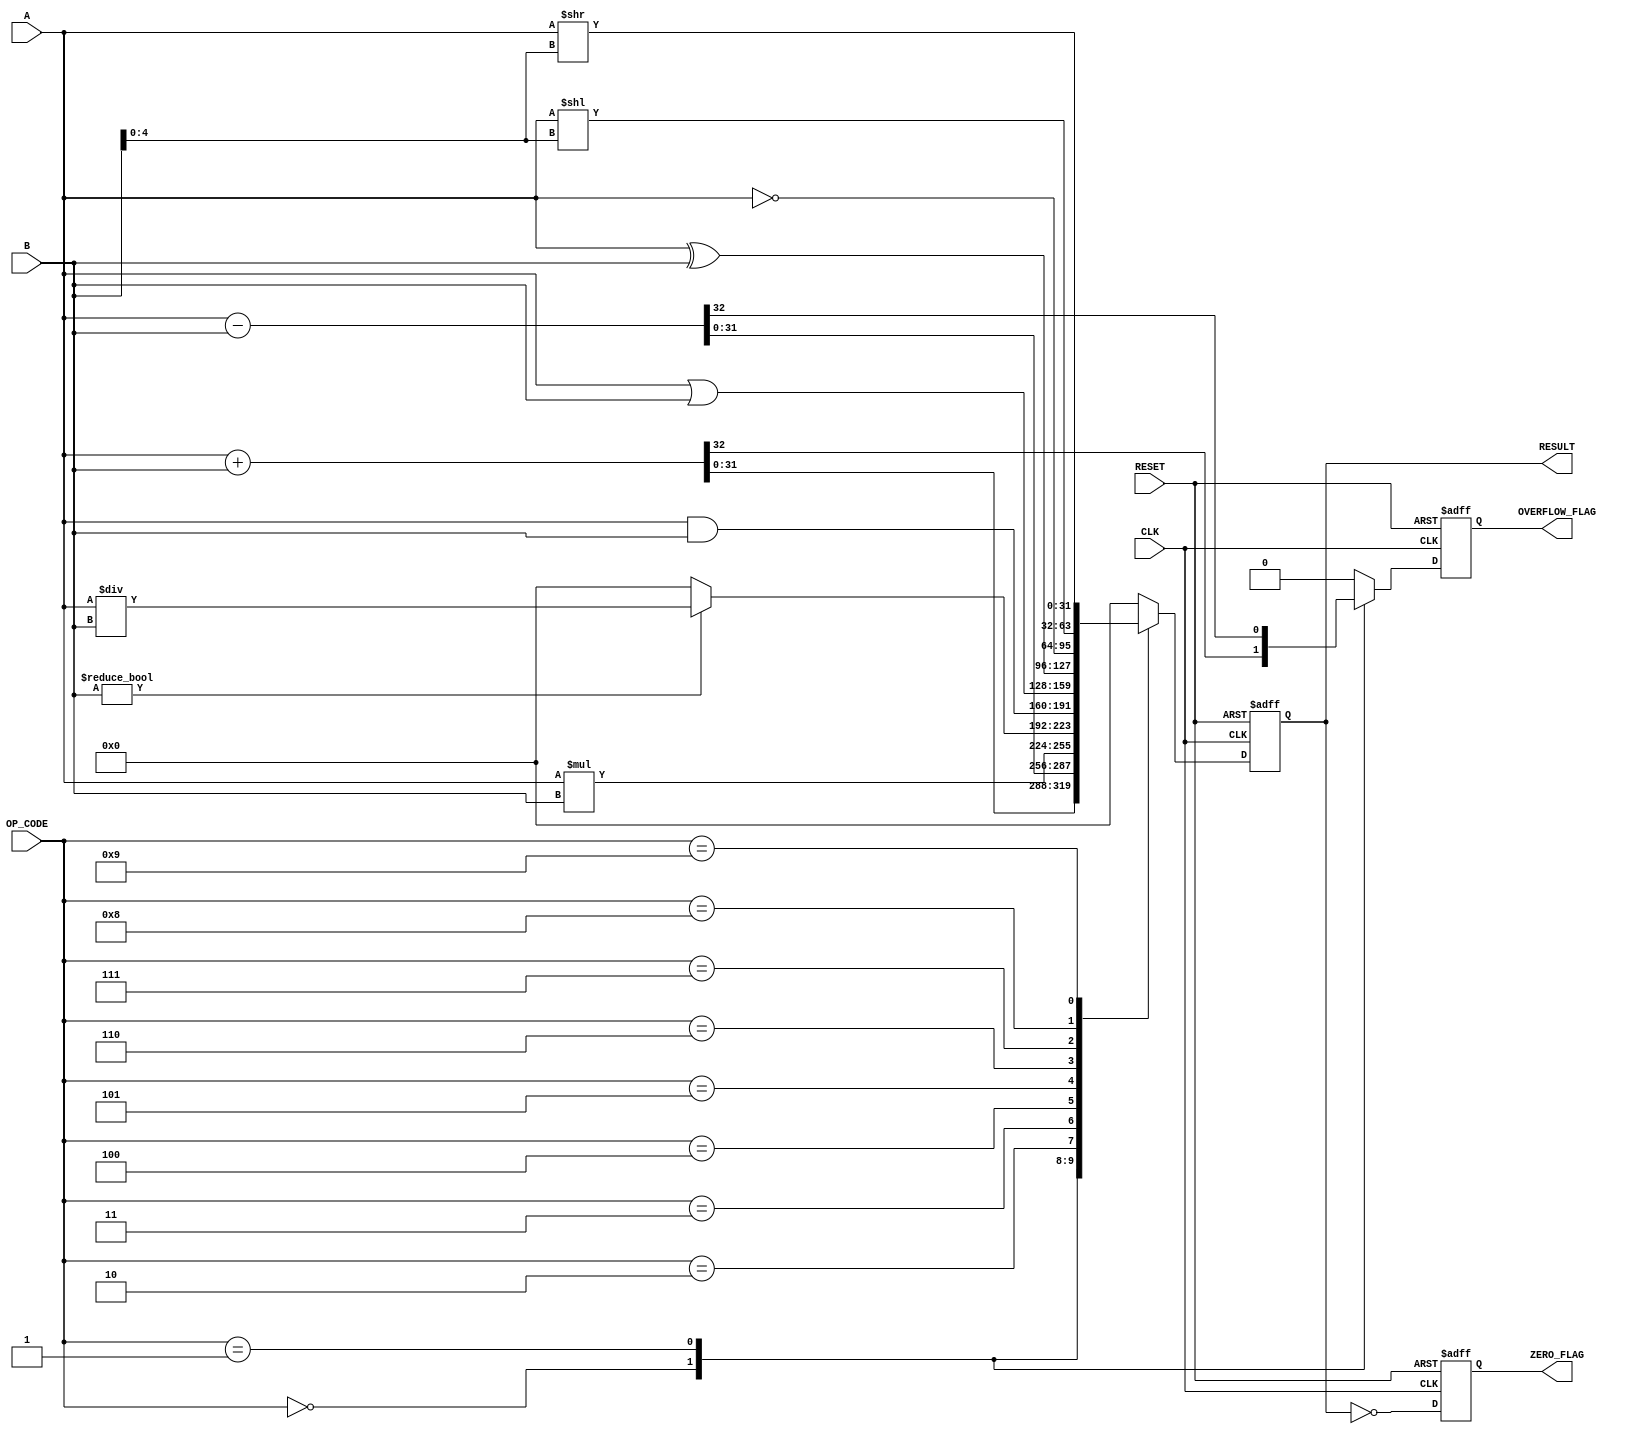
module parameterized_ALU #(
    parameter DATA_WIDTH = 32,
    parameter OPERATION = 4 // 0: ADD, 1: SUB, 2: MUL, 3: DIV, 4: AND, 5: OR, 6: XOR, 7: NOT, 8: SHL, 9: SHR
)(
    input  wire [DATA_WIDTH-1:0] A,
    input  wire [DATA_WIDTH-1:0] B,
    input  wire [3:0] OP_CODE,
    input  wire CLK,
    input  wire RESET,
    output reg [DATA_WIDTH-1:0] RESULT,
    output reg ZERO_FLAG,
    output reg OVERFLOW_FLAG
);

    // Internal signals
    reg [DATA_WIDTH-1:0] temp_result;
    reg overflow;

    always @(posedge CLK or posedge RESET) begin
        if (RESET) begin
            RESULT <= 0;
            ZERO_FLAG <= 0;
            OVERFLOW_FLAG <= 0;
        end else begin
            overflow = 0; // Reset overflow flag
            case (OP_CODE)
                4'b0000: begin // ADDITION
                    {overflow, temp_result} = A + B; // Capture overflow
                    RESULT <= temp_result;
                end
                4'b0001: begin // SUBTRACTION
                    {overflow, temp_result} = A - B; // Capture overflow
                    RESULT <= temp_result;
                end
                4'b0010: begin // MULTIPLICATION
                    temp_result = A * B;
                    RESULT <= temp_result;
                end
                4'b0011: begin // DIVISION
                    if (B != 0) begin
                        temp_result = A / B;
                    end else begin
                        temp_result = 0; // Handle division by zero
                    end
                    RESULT <= temp_result;
                end
                4'b0100: begin // AND
                    RESULT <= A & B;
                end
                4'b0101: begin // OR
                    RESULT <= A | B;
                end
                4'b0110: begin // XOR
                    RESULT <= A ^ B;
                end
                4'b0111: begin // NOT
                    RESULT <= ~A;
                end
                4'b1000: begin // SHIFT LEFT
                    RESULT <= A << B[4:0]; // Use lower 5 bits for shift amount
                end
                4'b1001: begin // SHIFT RIGHT
                    RESULT <= A >> B[4:0]; // Use lower 5 bits for shift amount
                end
                default: begin
                    RESULT <= 0; // Default case
                end
            endcase
            
            // Set flags
            ZERO_FLAG <= (RESULT == 0);
            OVERFLOW_FLAG <= overflow;
        end
    end
endmodule